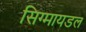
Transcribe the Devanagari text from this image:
सिग्मायडल